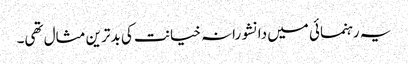
یہ رہنمائی میں دانشورانہ خیانت کی بدترین مثال تھی۔